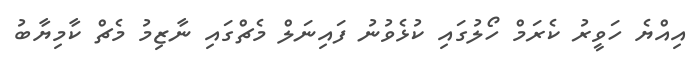
އިއްޔެ ހަވީރު ކެރަމް ހޯލުގައި ކުޅެވުނު ފައިނަލް މެޗްގައި ނާޒިމު މެޗް ކާމިޔާބު